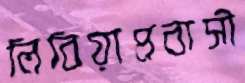
লিবিয়াপ্রবাসী